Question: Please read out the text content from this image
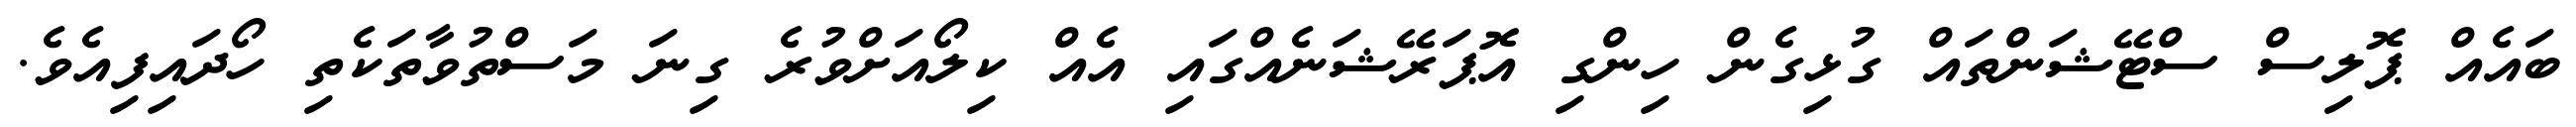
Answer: ބައެއް ޕޮލިސް ސްޓޭޝަންތައް ގުޅިގެން ހިންގި އޮޕަރޭޝަނެއްގައި އެއް ކިލޯއަށްވުރެ ގިނަ މަސްތުވާތަކެތި ހޯދައިފިއެވެ.